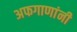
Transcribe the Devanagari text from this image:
अफगाणांनी